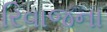
રિવાજના